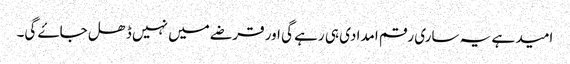
امید ہے یہ ساری رقم امدادی ہی رہے گی اور قرضے میں نہیں ڈھل جاۓ گی۔